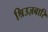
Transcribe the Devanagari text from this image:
श्रिउज़बारि